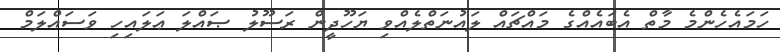
ހަމައެހެންމެ މާތް އެބައެއްގެ މައްޗައް ލައުނަތްލެއްވި ޔަހޫދީން ރަސޫލު ޞައްލަ ޢަލައިހި ވަސައްލަމް